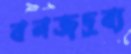
বনজদ্রব্য